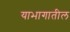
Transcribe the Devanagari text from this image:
याभागातील